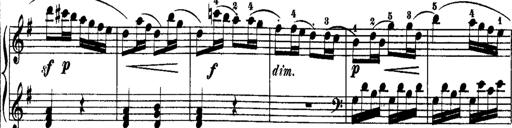
Title: Rondos and Sonatinas for Pianoforte
Composer: Daniel Steibelt